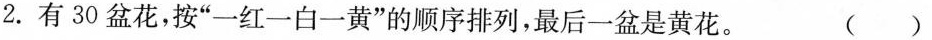
2. 有30盆花，按”一红一白一黄”的顺序排列，最后一盆是黄花。 ()